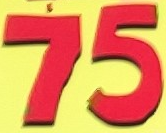
75